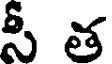
సీ త